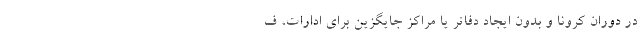
در دوران کرونا و بدون ایجاد دفاتر یا مراکز جایگزین برای ادارات، ف